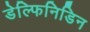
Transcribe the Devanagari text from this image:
डेल्फिनिडिन